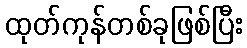
ထုတ်ကုန်တစ်ခုဖြစ်ပြီး